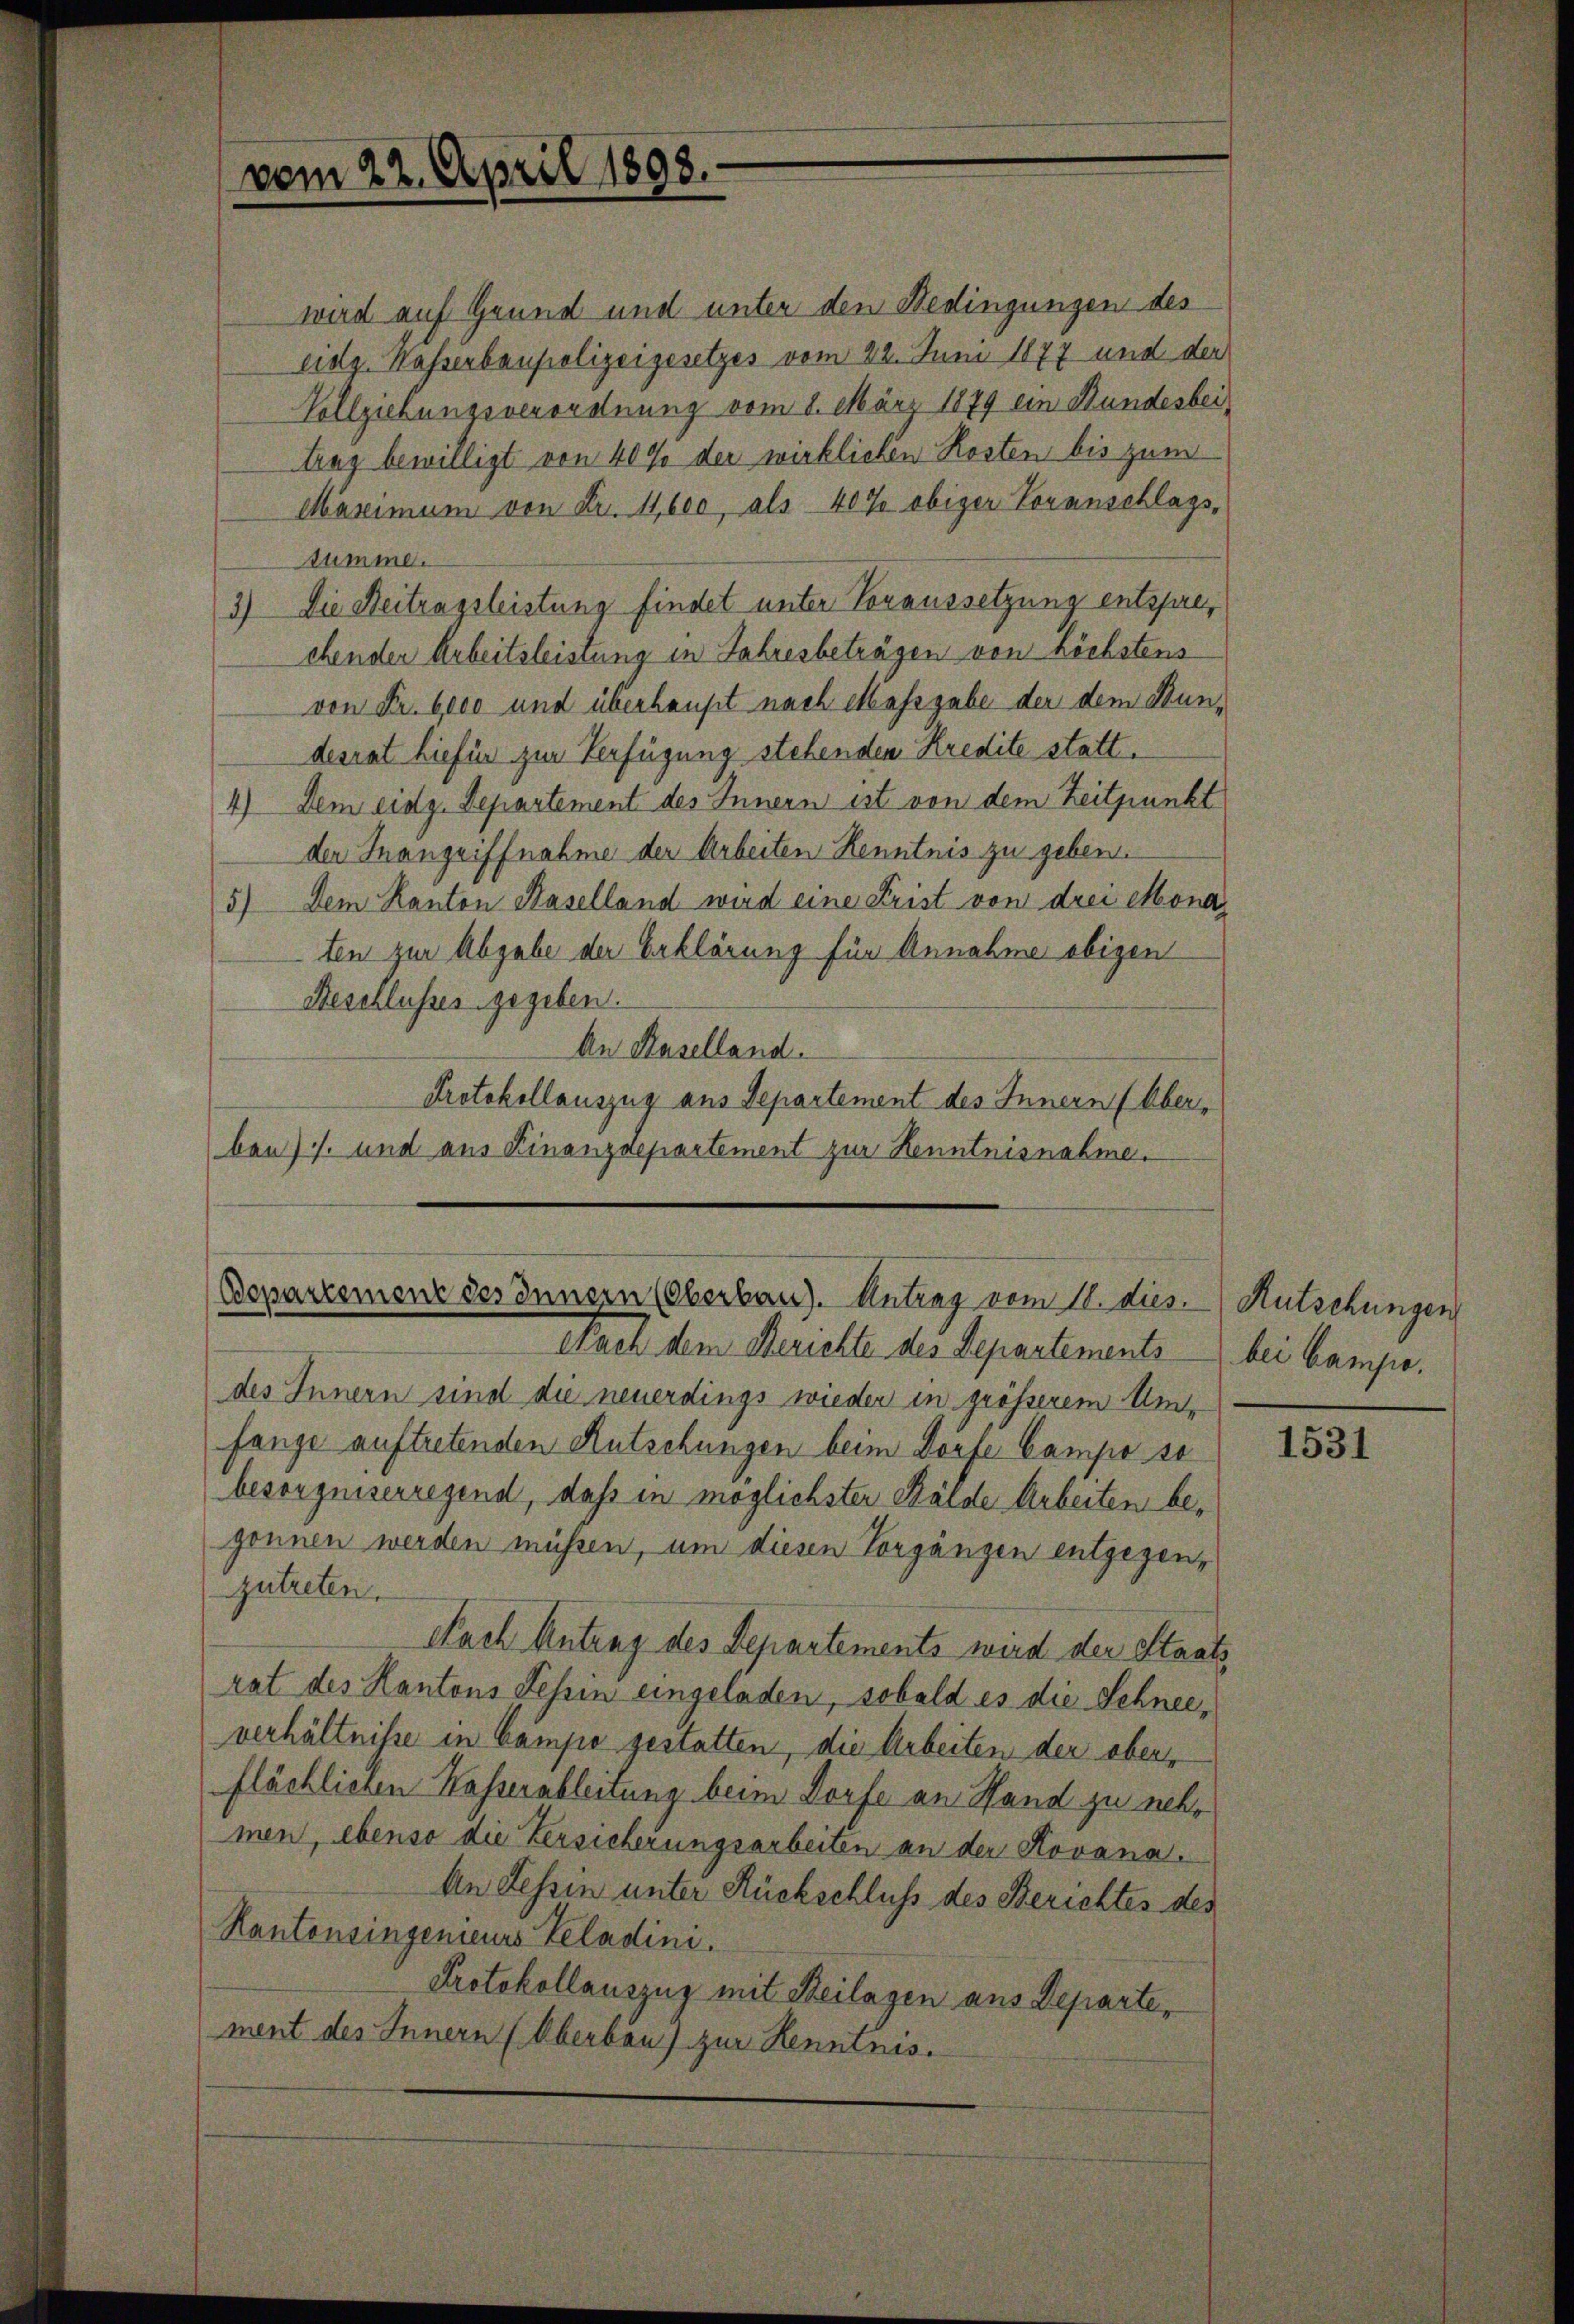
vom 22. April 1898.

wird auf Grund und unter den Bedingungen des
eidg. Wasserbaupolizeigesetzes vom 22. Juni 1877 und der
Vollziehungsverordnung vom 1. März 1879 ein Bundesbeitrag bewilligt von 40% der wirklichen Kosten bis zum
Maximum von Fr. 11,600, als 40% obiger Voranschlags,
tumme.
3) Die Beitragsleistung findet unter Voraussetzung entsprechenden Arbeitsleistung in Jahresbeträgen von höchstens
von Fr. 6000 und überhaupt nach Massgabe der dem Bundesrat hiefür zur Verfügung stehenden Kredite statt¬
4) Dem eidg. Departement des Innern ist von dem Zeitpunkt
der Inangriffnahme der Arbeiten Kenntnis zu geben.
5) Dem Kanton Kaselland wird eine Frist von drei Mona
ten zur Abgabe der Erklärung für Annahme obigen
Beschlusses gegeben.
An Baselland.
Protokollauszug aus Departement des Innern (Oberben) und aus Finanzdepartement zur Kenntnisnahme.

Departement des Innern (Oberbau). Antrag vom 10. dies.

Nach dem Berichte des Separtements bei Campedes Innern sind die neuerdings wieder in grösserem Umfange auftretenden Autschungen beim Dorfe Campo so
besorgniserregend, daß in möglichster Bälde Arbeiten begönnen werden müssen, um diesen Vorgängen entgegenzutreten.
Nach Antung des Departements wird der Staats
rat des Kantons Lehren eingeladen, sobald es die Schneeverhältnisse in Campio gestatten, die Arbeiten der oberflächlichen Wasserableitung beim Dorfe an Stand zu nehmen, ebenso die Versicherungsarbeiten an der Kovana.
An Tessin unter Rückschluß des Berichtes des
Kantonsingenieurs Veladini.
Protokollauszug mit Beilagen aus Departe,
ment des Innern (Oberbau) zur Kenntnis.

Rutschungen

1531